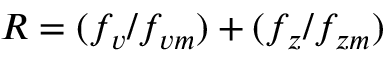
R = ( f _ { v } / f _ { v m } ) + ( f _ { z } / f _ { z m } )